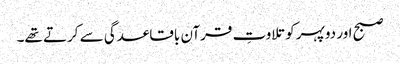
صبح اور دوپہر کو تلاوتِ قرآن باقاعدگی سے کرتے تھے۔